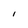
Character: l